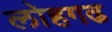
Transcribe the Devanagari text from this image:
लोहगढ